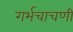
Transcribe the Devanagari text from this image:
गर्भचाचणी